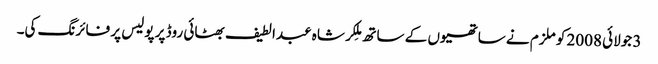
3 جولائی 2008 کو ملزم نے ساتھیوں کے ساتھ مِلکر شاہ عبدالطیف بھٹائی روڈ پر پولیس پر فائرنگ کی۔